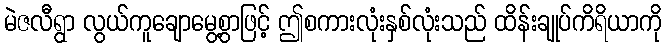
မဲဇလီရွာ လွယ်ကူချောမွေ့စွာဖြင့် ဤစကားလုံးနှစ်လုံးသည် ထိန်းချုပ်ကိရိယာကို